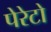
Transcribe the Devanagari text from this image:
पेरेटो